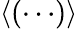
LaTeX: \langle(\cdots)\rangle